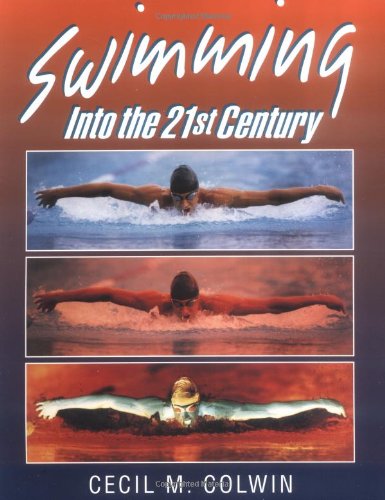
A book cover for Swimming Into the Twenty-First Century; Cecil M. Colwin; Health, Fitness & Dieting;